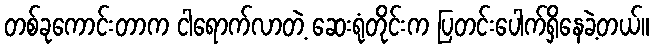
တစ်ခုကောင်းတာက ငါရောက်လာတဲ့ ဆေးရုံတိုင်းက ပြတင်းပေါက်ရှိနေခဲ့တယ်။